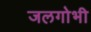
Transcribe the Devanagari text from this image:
जलगोभी